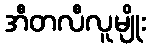
အီတလီလူမျိုး